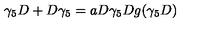
\gamma _ { 5 } D + D \gamma _ { 5 } = a D \gamma _ { 5 } D g ( \gamma _ { 5 } D )